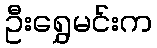
ဦးရွှေမင်းက